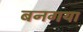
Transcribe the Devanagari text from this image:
बनगया